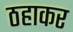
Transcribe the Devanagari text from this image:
ठहाकर